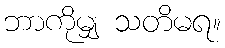
ဘာကိုမျှ သတိမရ။